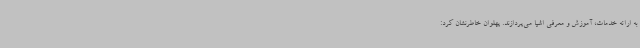
به ارائه خدمات، آموزش و معرفی اشیا می‌پردازند. پهلوان خاطرنشان کرد: